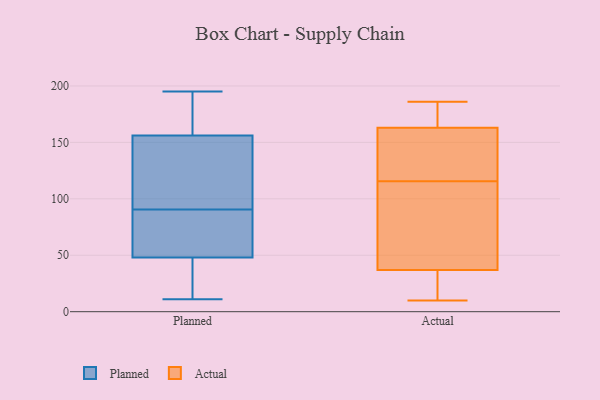
{"axis": {"x": "Net Income (USD K)", "y": "Value"}, "legend": ["Actual", "Planned"], "data": [{"x": "", "y": 169, "type": "Planned"}, {"x": "", "y": 66, "type": "Planned"}, {"x": "", "y": 119, "type": "Planned"}, {"x": "", "y": 103, "type": "Planned"}, {"x": "", "y": 78, "type": "Planned"}, {"x": "", "y": 113, "type": "Planned"}, {"x": "", "y": 156, "type": "Planned"}, {"x": "", "y": 170, "type": "Planned"}, {"x": "", "y": 195, "type": "Planned"}, {"x": "", "y": 45, "type": "Planned"}, {"x": "", "y": 34, "type": "Planned"}, {"x": "", "y": 48, "type": "Planned"}, {"x": "", "y": 11, "type": "Planned"}, {"x": "", "y": 69, "type": "Planned"}, {"x": "", "y": 109, "type": "Actual"}, {"x": "", "y": 142, "type": "Actual"}, {"x": "", "y": 22, "type": "Actual"}, {"x": "", "y": 10, "type": "Actual"}, {"x": "", "y": 30, "type": "Actual"}, {"x": "", "y": 54, "type": "Actual"}, {"x": "", "y": 150, "type": "Actual"}, {"x": "", "y": 163, "type": "Actual"}, {"x": "", "y": 179, "type": "Actual"}, {"x": "", "y": 186, "type": "Actual"}, {"x": "", "y": 126, "type": "Actual"}, {"x": "", "y": 122, "type": "Actual"}, {"x": "", "y": 37, "type": "Actual"}, {"x": "", "y": 185, "type": "Actual"}, {"x": "", "y": 11, "type": "Actual"}, {"x": "", "y": 88, "type": "Actual"}, {"x": "", "y": 87, "type": "Actual"}, {"x": "", "y": 175, "type": "Actual"}]}